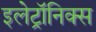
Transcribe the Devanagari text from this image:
इलेट्रॉनिक्स